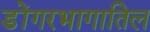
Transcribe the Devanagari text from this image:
डोंगरभागातिल